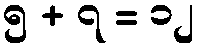
၅ + ၇ = ၁၂